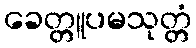
ခေတ္တူပမသုတ္တံ